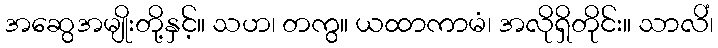
အဆွေအမျိုးတို့နှင့်။ သဟ၊ တကွ။ ယထာကာမံ၊ အလိုရှိတိုင်း။ သာလိံ၊